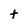
Character: t